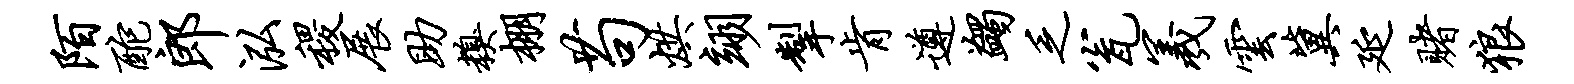
陌酡郎泓稷展助糗棚苟烘翊掣肯遵蠲乏瓮羲云冀延赌狼